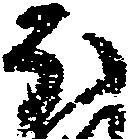
ほ